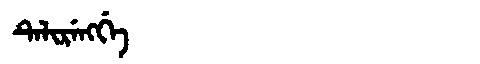
Manchu: ᡨᡝᠯᡳᡵᡝᠩᡤᡝ
Romanization: TELIRENGGE